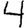
Digit: 4